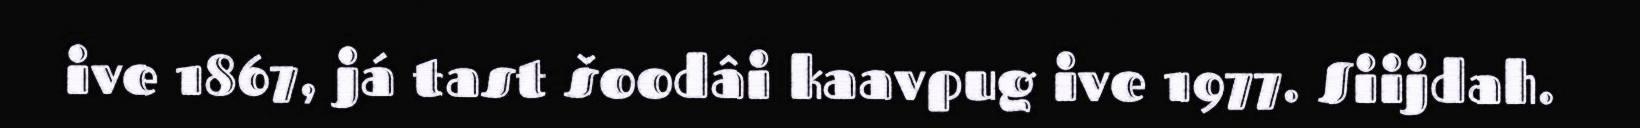
ive 1867, já tast šoodâi kaavpug ive 1977. Siijdah.